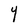
Character: Y